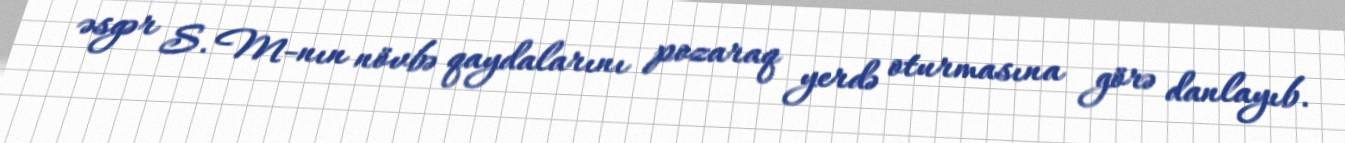
əsgər S. M-nın növbə qaydalarını pozaraq yerdə oturmasına görə danlayıb.